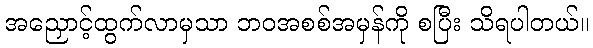
အညှောင့်ထွက်လာမှသာ ဘဝအစစ်အမှန်ကို စပြီး သိရပါတယ်။